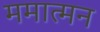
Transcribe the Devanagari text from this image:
ममात्मन